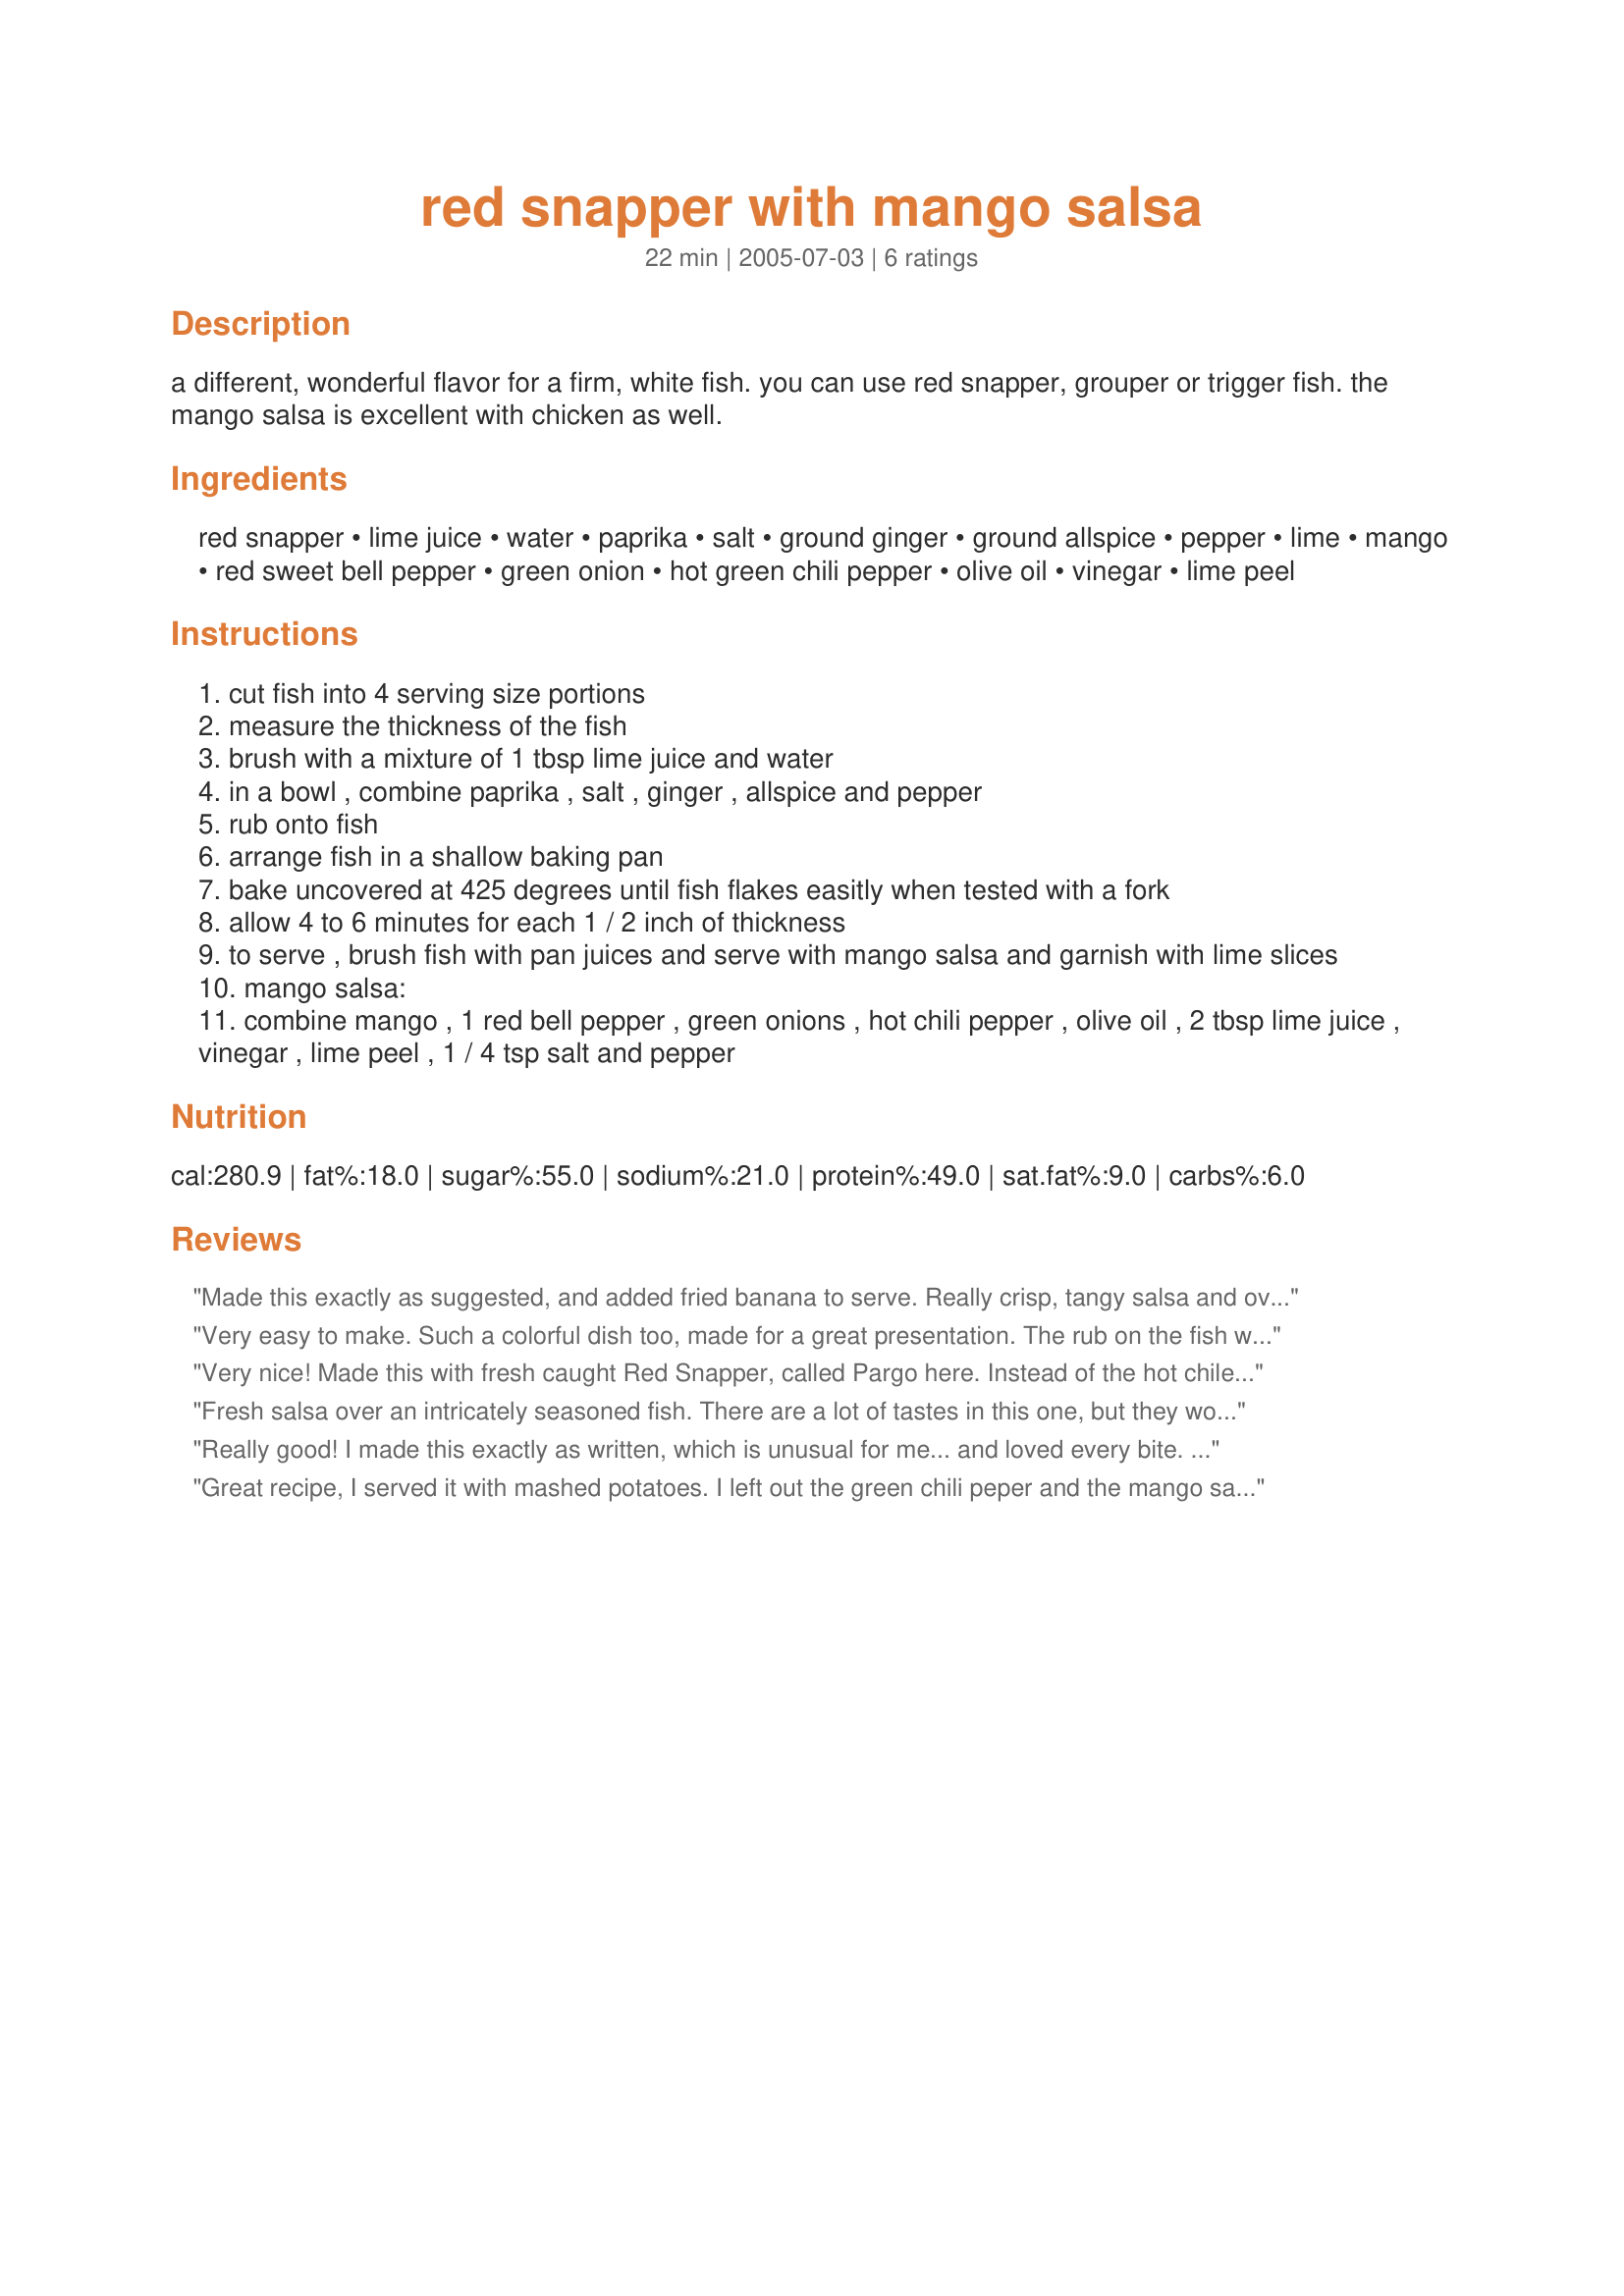
red snapper with mango salsa
Preparation time: 22 minutes

a different, wonderful flavor for a firm, white fish. you can use red snapper, grouper or trigger fish. the mango salsa is excellent with chicken as well.

Ingredients:
red snapper, lime juice, water, paprika, salt, ground ginger, ground allspice, pepper, lime, mango, red sweet bell pepper, green onion, hot green chili pepper, olive oil, vinegar, lime peel

Steps:
cut fish into 4 serving size portions
measure the thickness of the fish
brush with a mixture of 1 tbsp lime juice and water
in a bowl , combine paprika , salt , ginger , allspice and pepper
rub onto fish
arrange fish in a shallow baking pan
bake uncovered at 425 degrees until fish flakes easitly when tested with a fork
allow 4 to 6 minutes for each 1 / 2 inch of thickness
to serve , brush fish with pan juices and serve with mango salsa and garnish with lime slices
mango salsa:
combine mango , 1 red bell pepper , green onions , hot chili pepper , olive oil , 2 tbsp lime juice , vinegar , lime peel , 1 / 4 tsp salt and pepper

Reviews:
Made this exactly as suggested, and added fried banana to serve. Really crisp, tangy salsa and overall a really lush meal! Next time I make it I'll probably add a pinch of cayenne or chilli powder to the spice rub to give the fish a little more kick.
Very easy to make. Such a colorful dish too, made for a great presentation. The rub on the fish was a little strong for me but the salsa was amazing.
Very nice! Made this with fresh caught Red Snapper, called Pargo here. Instead of the hot chile and the vinegar, I used a chile and the liquid from Recipe#504105. Yummy! I really liked the spice rub and will be using it often. The only change I&#039;ll make in the future is to pan fry the fish - we would have liked it better with a crisp top! Thanks so much for posting a keeper of a recipe!
Fresh salsa over an intricately seasoned fish. There are a lot of tastes in this one, but they work well together. I used a pacific whitefish for ZWT7.
Really good! I made this exactly as written, which is unusual for me... and loved every bite. The spice mixture on the fish adds a nice little bite of flavor to what could otherwise be a very bland fish. If you are new to eating fish, it could also help mask that "fishy taste" complaint that new fish eaters seem to have. The recipe didn't specify, but I used a sweet Hungarian paprika. The mango salsa was just to die for, and a perfect complement to the fish. I'd save the recipe just for the salsa alone. I was a bit worried that my mango wasn't ripe enough to use- but even though I might be disappointed eating it plain, in the salsa it's wonderful.I cooked 1/2 of a fillet- also 1/2 pound of fish- and it took 8 minutes to get to barely done (not quite one inch thick). If I was serving for company, I'd cook another minute, but this way, my leftovers will still be perfect after microwaving for lunch tomorrow. This goes straight into the keeper file. Made for ZWT7- Emerald City Shakers.
Great recipe, I served it with mashed potatoes. I left out the green chili peper and the mango salsa was still really good.
